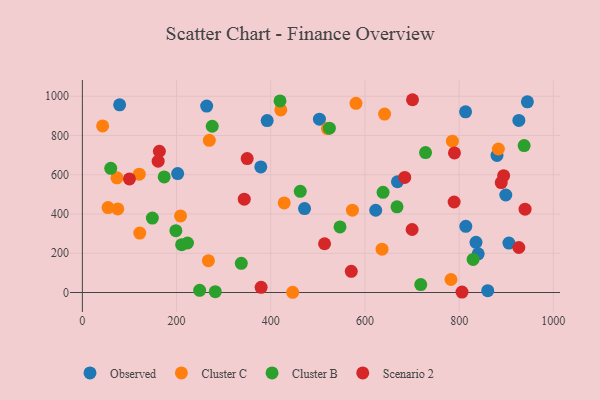
{"axis": {"x": "Experience", "y": "Rating"}, "legend": ["Cluster B", "Cluster C", "Observed", "Scenario 2"], "data": [{"x": "899.0", "y": 496.7, "type": "Observed"}, {"x": "926.7", "y": 876.6, "type": "Observed"}, {"x": "814.1", "y": 337.1, "type": "Observed"}, {"x": "263.9", "y": 949.9, "type": "Observed"}, {"x": "471.7", "y": 427.8, "type": "Observed"}, {"x": "79.1", "y": 956.2, "type": "Observed"}, {"x": "503.3", "y": 883.0, "type": "Observed"}, {"x": "202.3", "y": 605.8, "type": "Observed"}, {"x": "835.7", "y": 255.9, "type": "Observed"}, {"x": "378.8", "y": 639.6, "type": "Observed"}, {"x": "880.3", "y": 698.3, "type": "Observed"}, {"x": "840.4", "y": 197.3, "type": "Observed"}, {"x": "813.6", "y": 920.8, "type": "Observed"}, {"x": "944.8", "y": 971.5, "type": "Observed"}, {"x": "392.3", "y": 875.9, "type": "Observed"}, {"x": "622.8", "y": 419.0, "type": "Observed"}, {"x": "905.6", "y": 251.7, "type": "Observed"}, {"x": "668.9", "y": 564.4, "type": "Observed"}, {"x": "860.6", "y": 9.5, "type": "Observed"}, {"x": "54.5", "y": 432.8, "type": "Cluster C"}, {"x": "208.4", "y": 390.2, "type": "Cluster C"}, {"x": "75.2", "y": 425.6, "type": "Cluster C"}, {"x": "520.4", "y": 835.3, "type": "Cluster C"}, {"x": "785.6", "y": 770.8, "type": "Cluster C"}, {"x": "73.4", "y": 584.5, "type": "Cluster C"}, {"x": "641.6", "y": 909.3, "type": "Cluster C"}, {"x": "269.5", "y": 775.3, "type": "Cluster C"}, {"x": "580.9", "y": 963.9, "type": "Cluster C"}, {"x": "120.8", "y": 603.1, "type": "Cluster C"}, {"x": "428.5", "y": 456.3, "type": "Cluster C"}, {"x": "421.3", "y": 930.4, "type": "Cluster C"}, {"x": "121.8", "y": 303.0, "type": "Cluster C"}, {"x": "636.2", "y": 220.7, "type": "Cluster C"}, {"x": "267.6", "y": 162.3, "type": "Cluster C"}, {"x": "43.0", "y": 848.7, "type": "Cluster C"}, {"x": "573.3", "y": 419.5, "type": "Cluster C"}, {"x": "782.6", "y": 66.4, "type": "Cluster C"}, {"x": "446.5", "y": 1.2, "type": "Cluster C"}, {"x": "883.2", "y": 731.2, "type": "Cluster C"}, {"x": "275.7", "y": 847.1, "type": "Cluster B"}, {"x": "148.6", "y": 379.4, "type": "Cluster B"}, {"x": "937.9", "y": 748.8, "type": "Cluster B"}, {"x": "223.2", "y": 252.3, "type": "Cluster B"}, {"x": "249.0", "y": 11.0, "type": "Cluster B"}, {"x": "210.8", "y": 243.6, "type": "Cluster B"}, {"x": "337.4", "y": 148.5, "type": "Cluster B"}, {"x": "829.6", "y": 168.8, "type": "Cluster B"}, {"x": "668.0", "y": 436.7, "type": "Cluster B"}, {"x": "728.6", "y": 712.9, "type": "Cluster B"}, {"x": "718.4", "y": 40.2, "type": "Cluster B"}, {"x": "198.5", "y": 315.1, "type": "Cluster B"}, {"x": "60.2", "y": 632.5, "type": "Cluster B"}, {"x": "547.0", "y": 334.1, "type": "Cluster B"}, {"x": "173.7", "y": 589.0, "type": "Cluster B"}, {"x": "282.2", "y": 4.5, "type": "Cluster B"}, {"x": "419.6", "y": 976.1, "type": "Cluster B"}, {"x": "524.4", "y": 837.1, "type": "Cluster B"}, {"x": "462.6", "y": 515.6, "type": "Cluster B"}, {"x": "638.4", "y": 510.3, "type": "Cluster B"}, {"x": "379.5", "y": 26.5, "type": "Scenario 2"}, {"x": "789.3", "y": 461.2, "type": "Scenario 2"}, {"x": "570.9", "y": 108.0, "type": "Scenario 2"}, {"x": "700.1", "y": 321.0, "type": "Scenario 2"}, {"x": "926.7", "y": 229.2, "type": "Scenario 2"}, {"x": "160.9", "y": 669.1, "type": "Scenario 2"}, {"x": "349.9", "y": 682.2, "type": "Scenario 2"}, {"x": "684.4", "y": 586.3, "type": "Scenario 2"}, {"x": "806.0", "y": 2.2, "type": "Scenario 2"}, {"x": "514.2", "y": 248.4, "type": "Scenario 2"}, {"x": "790.0", "y": 711.3, "type": "Scenario 2"}, {"x": "939.9", "y": 424.4, "type": "Scenario 2"}, {"x": "99.9", "y": 578.6, "type": "Scenario 2"}, {"x": "163.5", "y": 719.8, "type": "Scenario 2"}, {"x": "343.7", "y": 475.7, "type": "Scenario 2"}, {"x": "889.3", "y": 559.9, "type": "Scenario 2"}, {"x": "700.9", "y": 982.2, "type": "Scenario 2"}, {"x": "894.4", "y": 595.1, "type": "Scenario 2"}]}